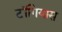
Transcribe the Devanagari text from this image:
टॉगियास